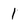
Character: 1